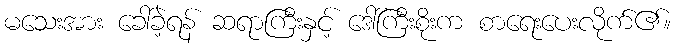
မသေးအား ခေါ်ခဲ့ရန် ဆရာကြီးနှင့် ဒေါ်ကြီးစိုးက စာရေးပေးလိုက်၏။